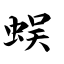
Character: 蜈